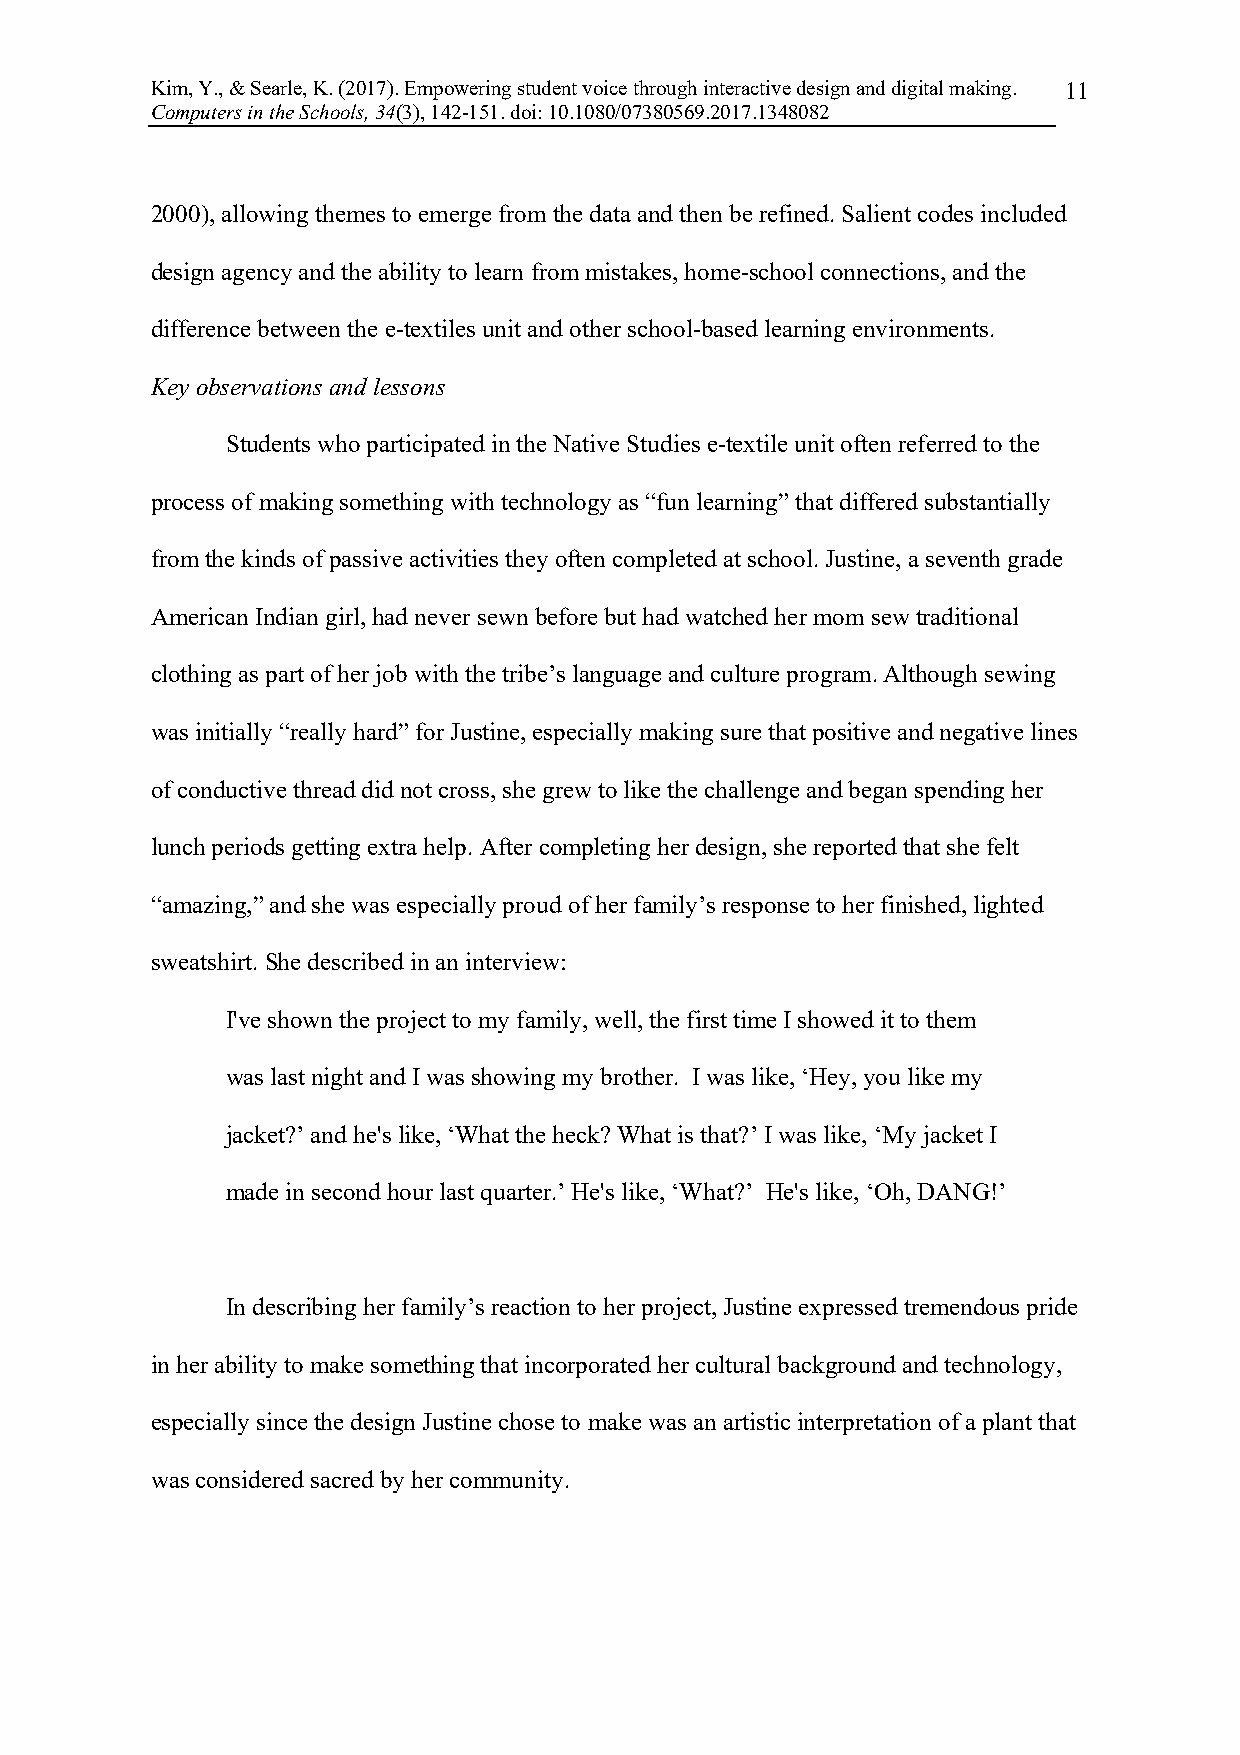
Kim, Y., & Searle, K. (2017). Empowering student voice through interactive design and digital making. 11
 Computers in the Schools, 34(3), 142-151. doi: 10.1080/07380569.2017.1348082
 2000), allowing themes to emerge from the data and then be refined. Salient codes included
 design agency and the ability to learn from mistakes, home-school connections, and the
 difference between the e-textiles unit and other school-based learning environments.
 Key observations and lessons
 Students who participated in the Native Studies e-textile unit often referred to the
 process of making something with technology as “fun learning” that differed substantially
 from the kinds of passive activities they often completed at school. Justine, a seventh grade
 American Indian girl, had never sewn before but had watched her mom sew traditional
 clothing as part of her job with the tribe’s language and culture program. Although sewing
 was initially “really hard” for Justine, especially making sure that positive and negative lines
 of conductive thread did not cross, she grew to like the challenge and began spending her
 lunch periods getting extra help. After completing her design, she reported that she felt
 “amazing,” and she was especially proud of her family’s response to her finished, lighted
 sweatshirt. She described in an interview:
 I've shown the project to my family, well, the first time I showed it to them
 was last night and I was showing my brother. I was like, ‘Hey, you like my
 jacket?’ and he's like, ‘What the heck? What is that?’ I was like, ‘My jacket I
 made in second hour last quarter.’ He's like, ‘What?’ He's like, ‘Oh, DANG!’
 In describing her family’s reaction to her project, Justine expressed tremendous pride
 in her ability to make something that incorporated her cultural background and technology,
 especially since the design Justine chose to make was an artistic interpretation of a plant that
 was considered sacred by her community.